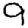
Digit: 9